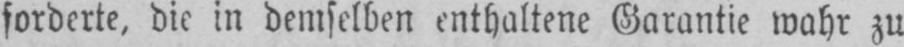
forderte, die in demselben enthaltene Garantie wahr zu